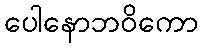
ပေါနောဘဝိကော